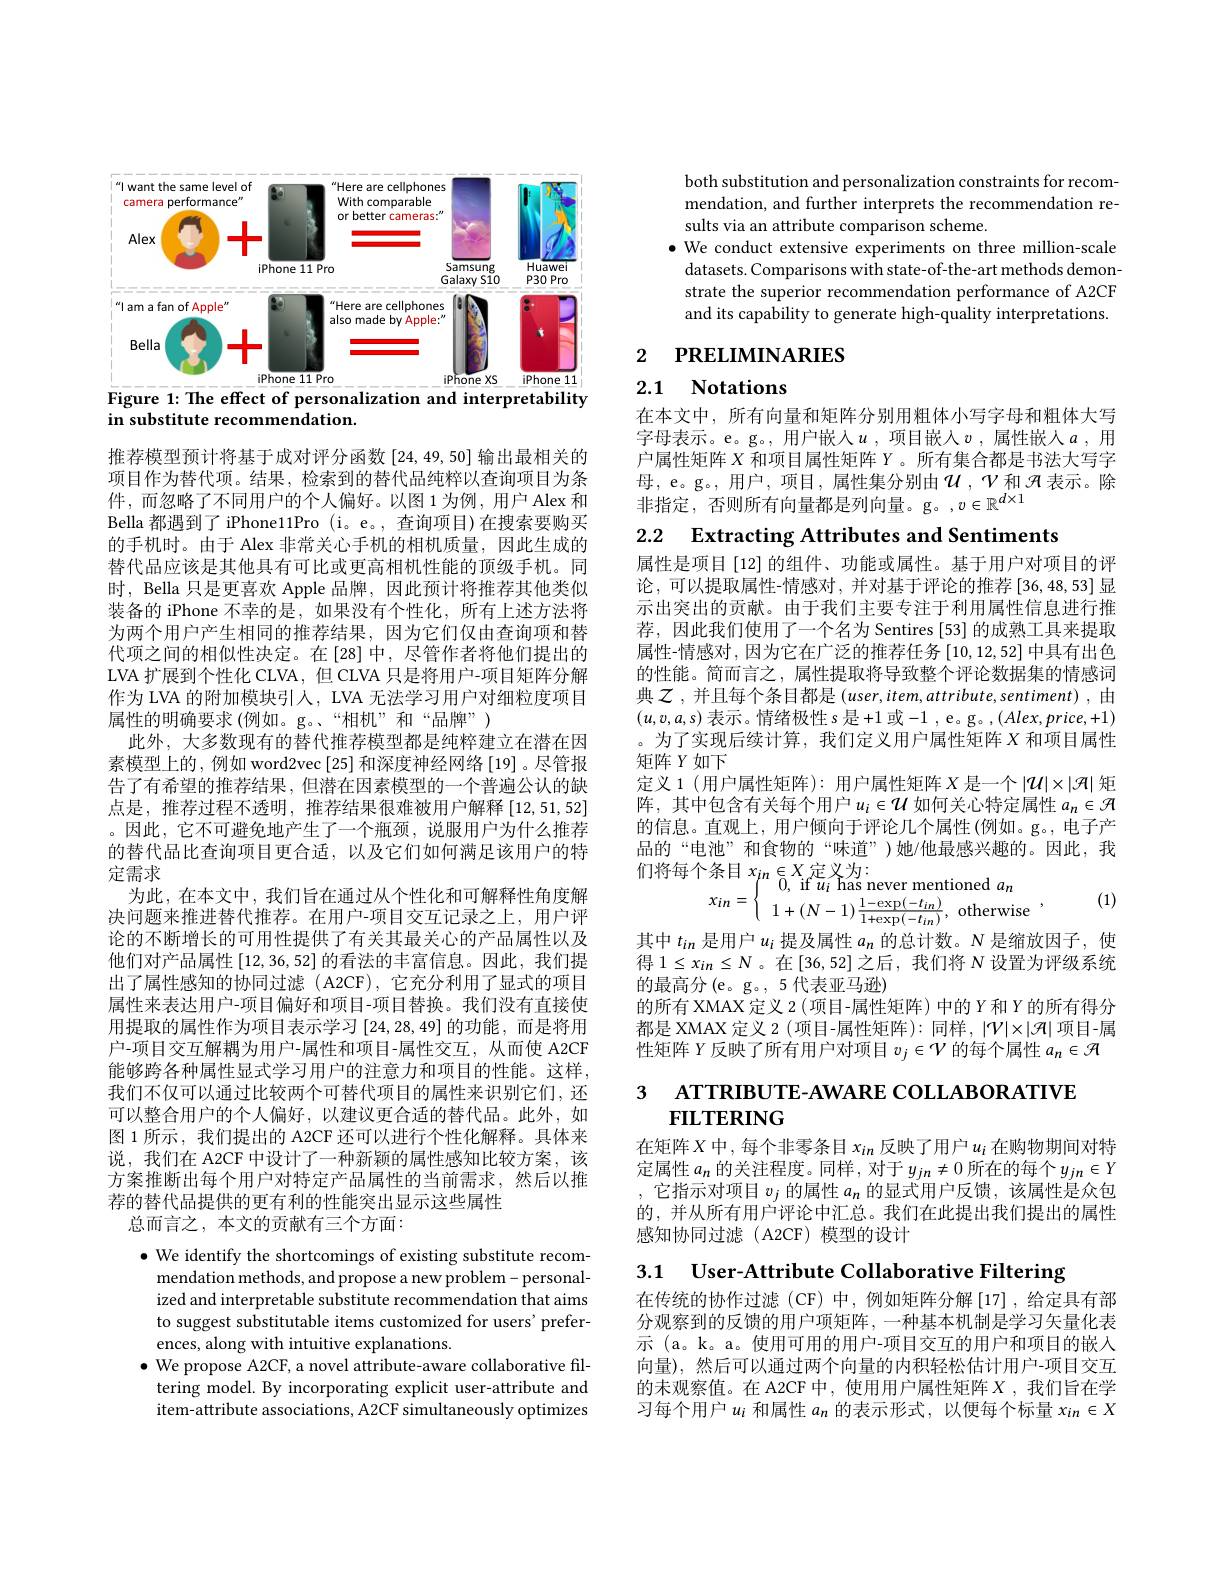
<FigureHere>
Figure 1: The effect of personalization and interpretability

in substitute recommendation.

推荐模型预计将基于成对评分函数[24,49,50]输出最相关的项目作为替代项。结果，检索到的替代品纯粹以查询项目为条件，而忽略了不同用户的个人偏好。以图 1为例，用户 Alex 和Bella 都遇到了 iPhone11Pro (i。e。, 查询项目)在搜索要购买的手机时。由于 Alex 非常关心手机的相机质量，因此生成的替代品应该是其他具有可比或更高相机性能的顶级手机。同时，Bella 只是更喜欢 Apple 品牌，因此预计将推荐其他类似装备的 iPhone 不幸的是，如果没有个性化，所有上述方法将为两个用户产生相同的推荐结果，因为它们仅由查询项和替代项之间的相似性决定。在[28]中，尽管作者将他们提出的LVA 扩展到个性化 CLVA, 但 CLVA 只是将用户-项目矩阵分解作为 LVA 的附加模块引人，LVA 无法学习用户对细粒度项目属性的明确要求(例如。g。“相机”和“品牌”)
此外，大多数现有的替代推荐模型都是纯粹建立在潜在因素模型上的，例如 word2vec[25] 和深度神经网络[19]。尽管报告了有希望的推荐结果，但潜在因素模型的一个普遍公认的缺点是，推荐过程不透明，推荐结果很难被用户解释[12,51,52] 。因此，它不可避免地产生了一个瓶颈，说服用户为什么推荐的替代品比查询项目更合适，以及它们如何满足该用户的特定需求
为此，在本文中，我们旨在通过从个性化和可解释性角度解决问题来推进替代推荐。在用户-项目交互记录之上，用户评论的不断增长的可用性提供了有关其最关心的产品属性以及他们对产品属性[12,36,52]的看法的丰富信息。因此，我们提出了属性感知的协同过滤 (A2CF),它充分利用了显式的项目属性来表达用户-项目偏好和项目-项目替换。我们没有直接使用提取的属性作为项目表示学习[24,28,49]的功能，而是将用户-项目交互解耦为用户-属性和项目-属性交互，从而使 A2CF 能够跨各种属性显式学习用户的注意力和项目的性能。这样， 我们不仅可以通过比较两个可替代项目的属性来识别它们，还可以整合用户的个人偏好，以建议更合适的替代品。此外，如图 1 所示，我们提出的 A2CF 还可以进行个性化解释。具体来说，我们在 A2CF 中设计了一种新颖的属性感知比较方案，该方案推断出每个用户对特定产品属性的当前需求，然后以推荐的替代品提供的更有利的性能突出显示这些属性
总而言之，本文的贡献有三个方面：

$\bullet$ We identify the shortcomings of existing substitute recommendation methods, and propose a new problem- personalized and interpretable substitute recommendation that aims to suggest substitutable items customized for users' preferences, along with intuitive explanations.
$\bullet$ We propose A2CF, a novel attribute-aware collaborative fil-
tering model. By incorporating explicit user-attribute and item-attribute associations, A2CF simultaneously optimizes

both substitution and personalization constraints for recommendation, and further interprets the recommendation results via an attribute comparison scheme.
$\bullet$ We conduct extensive experiments on three million-scale datasets. Comparisons with state-of-the-art methods demonstrate the superior recommendation performance of A2CF and its capability to generate high-quality interpretations

2 РRELIMINARIES

# 2.1 Notations

在本文中，所有向量和矩阵分别用粗体小写字母和粗体大写字母表示。e。g。,用户嵌人$u$ ,项目嵌入$v$ ,属性嵌人$a$ ,用户属性矩阵$X$和项目属性矩阵$Y$。所有集合都是书法大写字母，e。g。,用户，项目，属性集分别由$\mathcal{U},\mathcal{V}$和$\mathcal{H}$表示。除非指定，否则所有向量都是列向量。g。$,v\in\mathbb{R}^d\times1$

2.2 $\textbf{Extracting Attributes and Sentiments}$

属性是项目[12]的组件、功能或属性。基于用户对项目的评论，可以提取属性-情感对，并对基于评论的推荐[36,48,53]显示出突出的贡献。由于我们主要专注于利用属性信息进行推荐，因此我们使用了一个名为 Sentires [53] 的成熟工具来提取属性-情感对，因为它在广泛的推荐任务[10,12,52]中具有出色的性能。简而言之，属性提取将导致整个评论数据集的情感词典$\mathcal{Z}$,并且每个条目都是 $(user,item,attribute,sentiment)$, 由$(u,v,a,s)$表示。情绪极性$s$是+1或 -1 , e。g。$(Alex,price,+1)$ 。为了实现后续计算，我们定义用户属性矩阵$X$和项目属性矩阵$Y$如下
定义 1 (用户属性矩阵): 用户属性矩阵$X$是一个$|\mathcal{U}|\times|\mathcal{H}|$矩阵，其中包含有关每个用户$u_i\in\mathcal{U}$ 如何关心特定属性 $a_n\in\mathcal{H}$ 的信息。直观上，用户倾向于评论几个属性(例如。g。,电子产品的“电池”和食物的“味道”)她/他最感兴趣的。因此，我们将每个条目$x_{in}\in X_{0}$ if $u_\mathrm{~has~n}$

$x_{in}= \left \{ \begin{array} { l l } {0, \mathrm{~if~}u_{i}\mathrm{~has~never~mentioned~}a_{n}}\\ {1+ ( N- 1) \frac {1- \exp ( - t_{in}) }{1+ \exp ( - t_{in}) }, \mathrm{~otherwise}}\end{array} \right . $, (1)

其中$t_in$是用户$u_i$提及属性$a_n$的总计数。$N$是缩放因子，使得$1\leq x_{in}\leq N$。在[36,52]之后，我们将$N$设置为评级系统的最高分(e。g。, 5代表亚马逊)
的所有 XMAX 定义 2 (项目-属性矩阵) 中的$Y$和$Y$的所有得分都是 XMAX 定义 2 ( 项目-属性矩阵): 同样，$|\mathcal{V}|\times|\mathcal{H}|$项目-属性矩阵$Y$反映了所有用户对项目$v_j\in\mathcal{V}$的每个属性$a_n\in\mathcal{H}$

# 3 АТТКIВUТЕ-АWАRE СОLLАВОRАТIVE $\mathbf{FILTERING}$

在矩阵$X$中，每个非零条目$x_in$ 反映了用户$u_i$ 在购物期间对特定属性$a_n$ 的关注程度。同样，对于$y_jn\neq0$ 所在的每个$y_jn\in Y$ ,它指示对项目$v_j$的属性$a_n$的显式用户反馈，该属性是众包的，并从所有用户评论中汇总。我们在此提出我们提出的属性感知协同过滤(A2CF)模型的设计

3.1 User-Attribute Collaborative Filtering

在传统的协作过滤(CF)中，例如矩阵分解[17],给定具有部分观察到的反馈的用户项矩阵，一种基本机制是学习矢量化表示 (a。k。a。使用可用的用户-项目交互的用户和项目的嵌入向量),然后可以通过两个向量的内积轻松估计用户-项目交互的未观察值。在 A2CF 中，使用用户属性矩阵$X$ ,我们旨在学习每个用户$u_i$和属性$a_n$的表示形式，以便每个标量$x_in\in X$